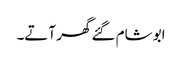
ابو شام گئے گھر آتے۔